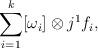
LaTeX: \begin{gather*} \sum\limits_{i=1}^k [\omega_i] \otimes j^1 f_i, \end{gather*}